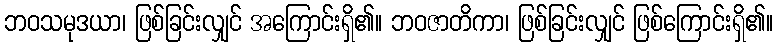
ဘဝသမုဒယာ၊ ဖြစ်ခြင်းလျှင် အကြောင်းရှိ၏။ ဘဝဇာတိကာ၊ ဖြစ်ခြင်းလျှင် ဖြစ်ကြောင်းရှိ၏။